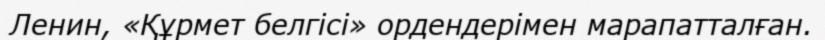
Ленин, «Құрмет белгісі» ордендерімен марапатталған.